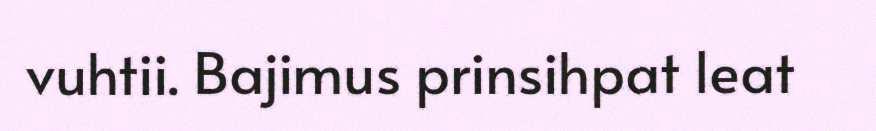
vuhtii. Bajimus prinsihpat leat